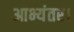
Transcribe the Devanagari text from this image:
आभ्यंतर।